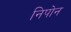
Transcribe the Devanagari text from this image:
निपोन